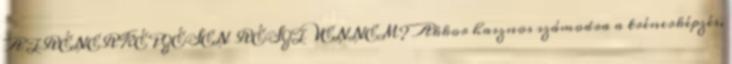
A TRÉNERKÉPZÉSEN RÉSZT VENNEM? Akkor hasznos számodra a trénerképzés,